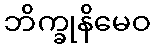
ဘိက္ခုနိမေဝ